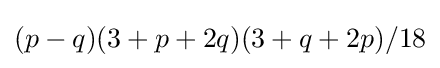
(p-q)(3+p+2q)(3+q+2p)/18